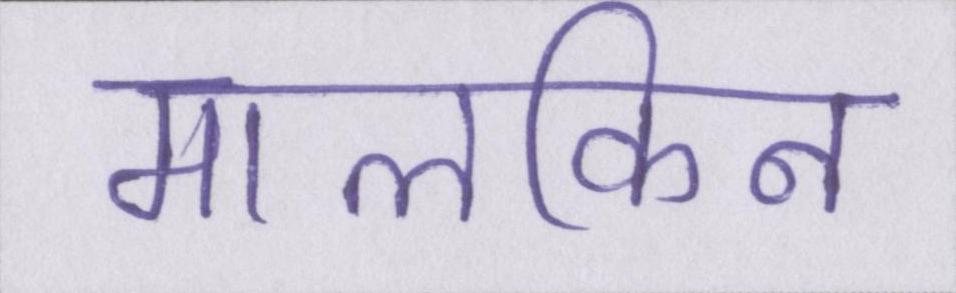
मालकिन